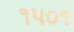
૧૫૦૧